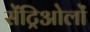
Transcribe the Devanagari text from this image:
सेंट्रिओलों